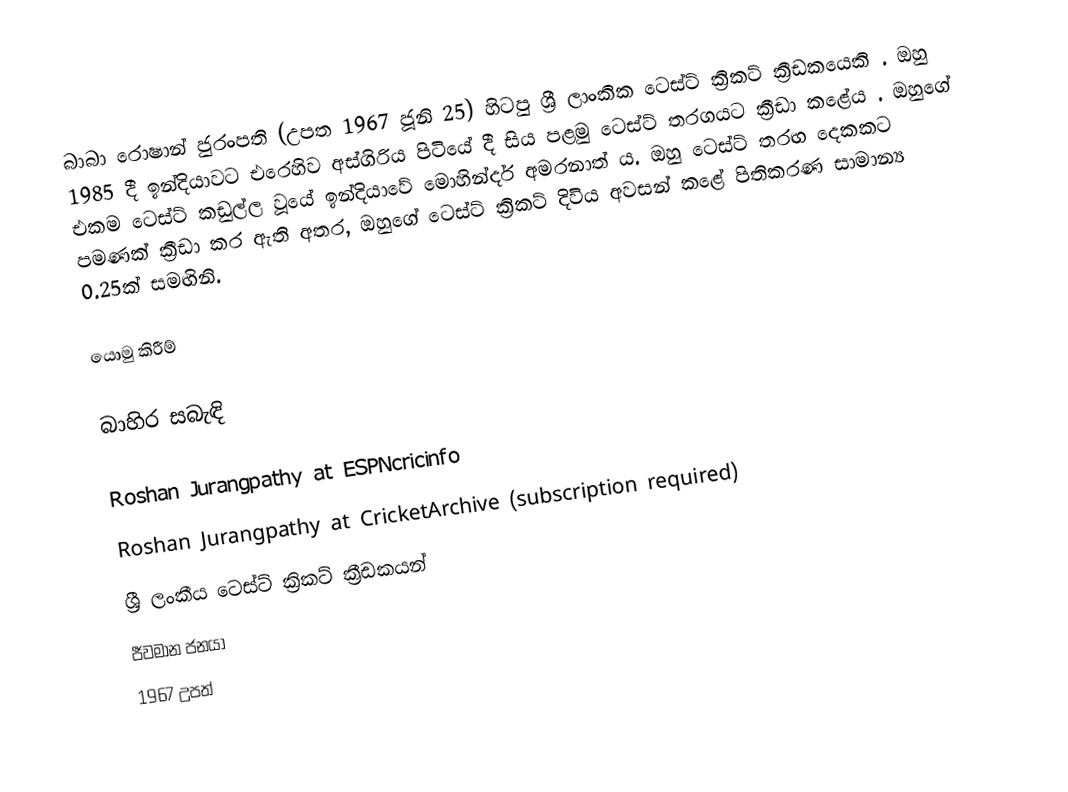
බාබා රොෂාන් ජුරංපති (උපත 1967 ජූනි 25) හිටපු ශ්‍රී ලාංකික ටෙස්ට් ක්‍රිකට් ක්‍රීඩකයෙකි . ඔහු 1985 දී ඉන්දියාවට එරෙහිව අස්ගිරිය පිටියේ දී  සිය පළමු ටෙස්ට් තරගයට ක්‍රීඩා කළේය  . ඔහුගේ එකම ටෙස්ට් කඩුල්ල වූයේ ඉන්දියාවේ මොහින්දර් අමරනාත් ය.  ඔහු ටෙස්ට් තරඟ දෙකකට පමණක් ක්‍රීඩා කර ඇති අතර, ඔහුගේ ටෙස්ට් ක්‍රිකට් දිවිය අවසන් කළේ පිතිකරණ සාමාන්‍ය 0.25ක් සමඟිනි.

යොමු කිරීම්

බාහිර සබැඳි

 Roshan Jurangpathy at ESPNcricinfo
 Roshan Jurangpathy at CricketArchive (subscription required)
ශ්‍රී ලංකීය ටෙස්ට් ක්‍රිකට් ක්‍රීඩකයන්
ජීවමාන ජනයා
1967 උපත්